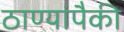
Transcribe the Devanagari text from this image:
ठाण्यांपैकी